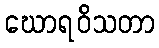
ဃောရဝိသတာ